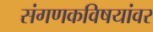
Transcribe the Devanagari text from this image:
संगणकविषयांवर